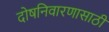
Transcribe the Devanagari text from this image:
दोषनिवारणासाठी